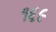
૧૬૯